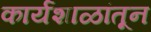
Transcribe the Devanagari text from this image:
कार्यशाळांतून